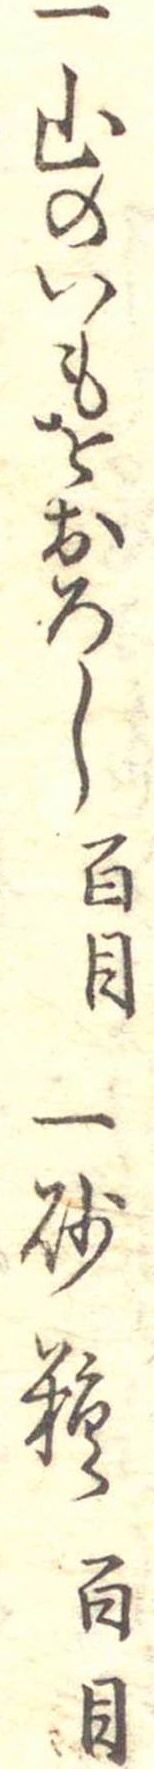
一山のいもをおろし百目一砂糖百目